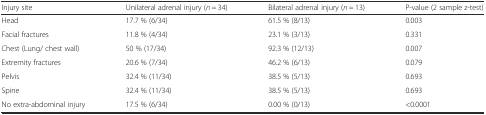
<table><thead><tr><td><b>Injury site</b></td><td><b>Unilateral adrenal injury (<i>n</i> = 34)</b></td><td><b>Bilateral adrenal injury (<i>n</i> = 13)</b></td><td><b>P-value (2 sample z-test)</b></td></tr></thead><tbody><tr><td>Head</td><td>17.7 % (6/34)</td><td>61.5 % (8/13)</td><td>0.003</td></tr><tr><td>Facial fractures</td><td>11.8 % (4/34)</td><td>23.1 % (3/13)</td><td>0.331</td></tr><tr><td>Chest (Lung/ chest wall)</td><td>50 % (17/34)</td><td>92.3 % (12/13)</td><td>0.007</td></tr><tr><td>Extremity fractures</td><td>20.6 % (7/34)</td><td>46.2 % (6/13)</td><td>0.079</td></tr><tr><td>Pelvis</td><td>32.4 % (11/34)</td><td>38.5 % (5/13)</td><td>0.693</td></tr><tr><td>Spine</td><td>32.4 % (11/34)</td><td>38.5 % (5/13)</td><td>0.693</td></tr><tr><td>No extra-abdominal injury</td><td>17.5 % (6/34)</td><td>0.00 % (0/13)</td><td>&lt;0.0001</td></tr></tbody></table>